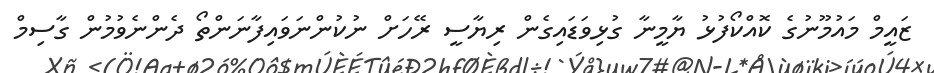
ޒައީމް މައުމޫނުގެ ކޮއްކޯފުޅު ޔާމީނާ ގުޅިވަޑައިގެން ރިޔާސީ ރޭހަށް ނުކުންނަވައިފާނަންތޯ ދެންނެވުމުން ގާސިމް